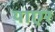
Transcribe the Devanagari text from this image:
याएर